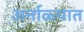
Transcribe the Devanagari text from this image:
अर्नाळ्यात